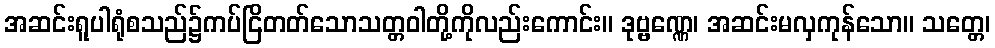
အဆင်းရူပါရုံစသည်၌ကပ်ငြိတတ်သောသတ္တဝါတို့ကိုလည်းကောင်း။ ဒုဗ္ဗဏ္ဏေ၊ အဆင်းမလှကုန်သော။ သတ္တေ၊